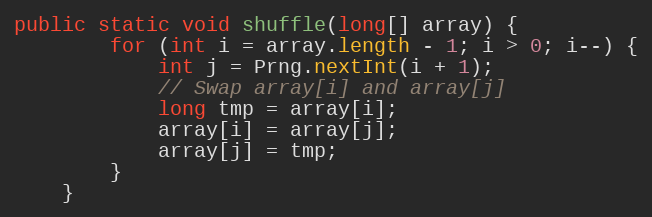
Language: Java
public static void shuffle(long[] array) {
        for (int i = array.length - 1; i > 0; i--) {
            int j = Prng.nextInt(i + 1);
            // Swap array[i] and array[j]
            long tmp = array[i];
            array[i] = array[j];
            array[j] = tmp;
        }
    }